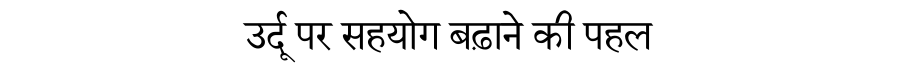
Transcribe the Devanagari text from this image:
उर्दू पर सहयोग बढ़ाने की पहल